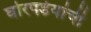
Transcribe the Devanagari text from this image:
घोरपडेयांची